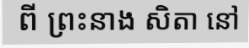
ពី ព្រះនាង សិតា នៅ